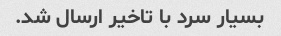
بسیار سرد با تاخیر ارسال شد.